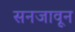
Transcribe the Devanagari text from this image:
सनजावून